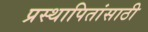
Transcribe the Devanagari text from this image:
प्रस्थापितांसाठी